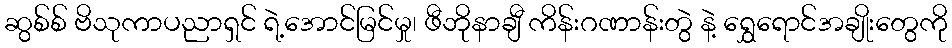
ဆွစ်စ် ဗိသုကာပညာရှင် ရဲ့အောင်မြင်မှု၊ ဖီဘိုနာချီ ကိန်းဂဏာန်းတွဲ နဲ့ ရွှေရောင်အချိုးတွေကို